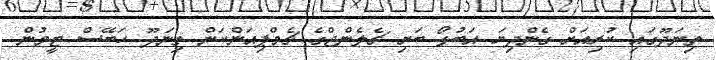
ތިނަދޫގައި ކުރިއަށް ގެންދިޔަ އަބުޅޯ ބަށި ޗެލެންޖްގެ ޗެމްޕިއަންކަން ތިނަދޫ ހަބޭސް ޓީމުން